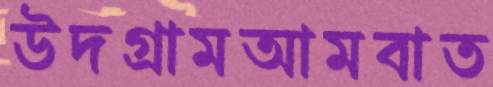
উদগ্রামআমবাত